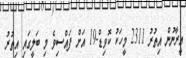
އީރާނުން އިތުރު 2311 މީހަކު ކޮވިޑް-19 އަށް ފައްސިވެ މި ބަލީގައި އިތުރު